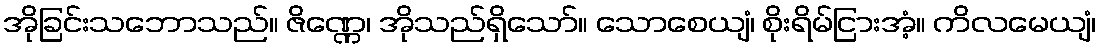
အိုခြင်းသဘောသည်။ ဇိဏ္ဏေ၊ အိုသည်ရှိသော်။ သောစေယျံ၊ စိုးရိမ်ငြားအံ့။ ကိလမေယျံ၊